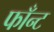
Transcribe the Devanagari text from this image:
फाँन्ट